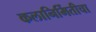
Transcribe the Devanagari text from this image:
कलानिर्मितीचा